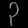
Digit: ၃